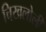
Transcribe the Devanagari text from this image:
चिखलोली